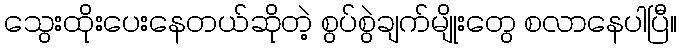
သွေးထိုးပေးနေတယ်ဆိုတဲ့ စွပ်စွဲချက်မျိုးတွေ စလာနေပါပြီ။